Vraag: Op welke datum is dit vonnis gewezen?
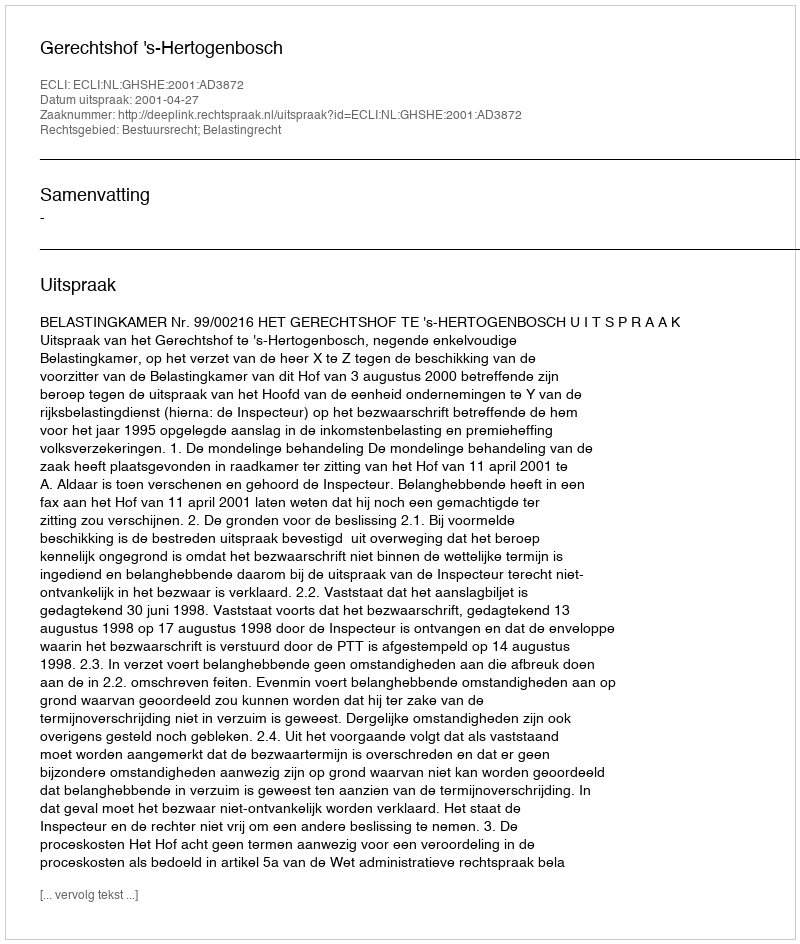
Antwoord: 2001-04-27